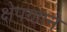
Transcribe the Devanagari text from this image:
क्षेपणाने